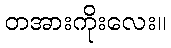
တအားကိုးလေး။